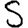
Digit: 5